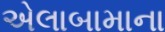
એલાબામાના